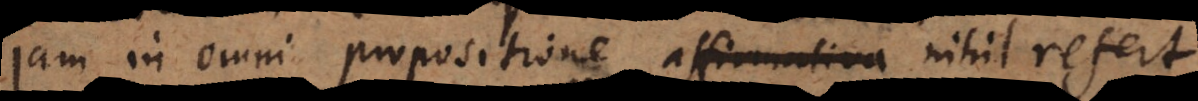
a est b propositione affirmativa nihil refert